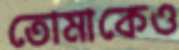
তোমাকেও